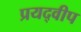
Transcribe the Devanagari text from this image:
प्रयद्वीप